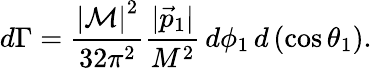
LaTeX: d\Gamma={\frac{\left|{\mathcal{M}}\right|^{2}}{32\pi^{2}}}{\frac{|{\vec{p}}_{1}|}{M^{2}}}\, d\phi_{1}\, d\left(\cos\theta_{1}\right).